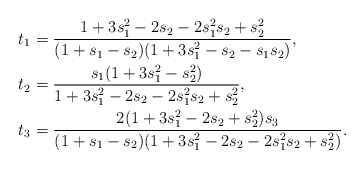
\begin{align*}t_1&=\frac{1+3s_1^2-2s_2-2s_1^2s_2+s_2^2}{(1+s_1-s_2)(1+3s_1^2-s_2-s_1s_2)},\\t_2&=\frac{s_1(1+3s_1^2-s_2^2)}{1+3s_1^2-2s_2-2s_1^2s_2+s_2^2},\\t_3&=\frac{2(1+3s_1^2-2s_2+s_2^2)s_3}{(1+s_1-s_2)(1+3s_1^2-2s_2-2s_1^2s_2+s_2^2)}.\end{align*}